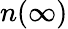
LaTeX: n(\infty)